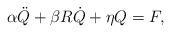
LaTeX: \begin{align*}\alpha\ddot{Q}+\beta R\dot{Q}+\eta Q=F, \end{align*}